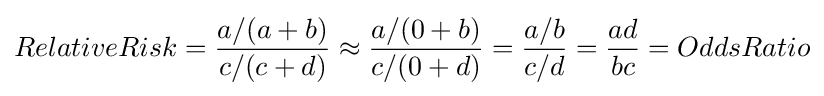
RelativeRisk={a/(a+b) \over c/(c+d)}\approx {a/(0+b) \over c/(0+d)}={a/b \over c/d}={ad \over bc}=OddsRatio